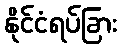
နိုင်ငံရပ်ခြား